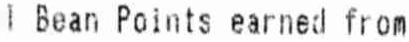
I BEAN POINTS EARNED FROM